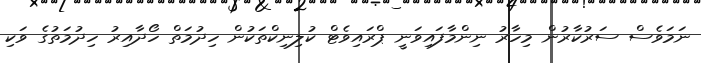
ނަމަވެސް ސަރުކާރުން މިހާރު ނިންމާފައިވަނީ ޕްރައިވެޓް ކުލިނިކްތަކުން ހިދުމަތް ހޯދާއިރު ހިދުމަތުގެ ވަކި